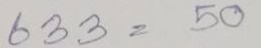
633 = 50